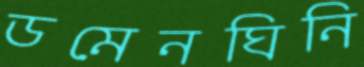
ডমেনঘিনি